Trukikaitis_Postimees, lk 138
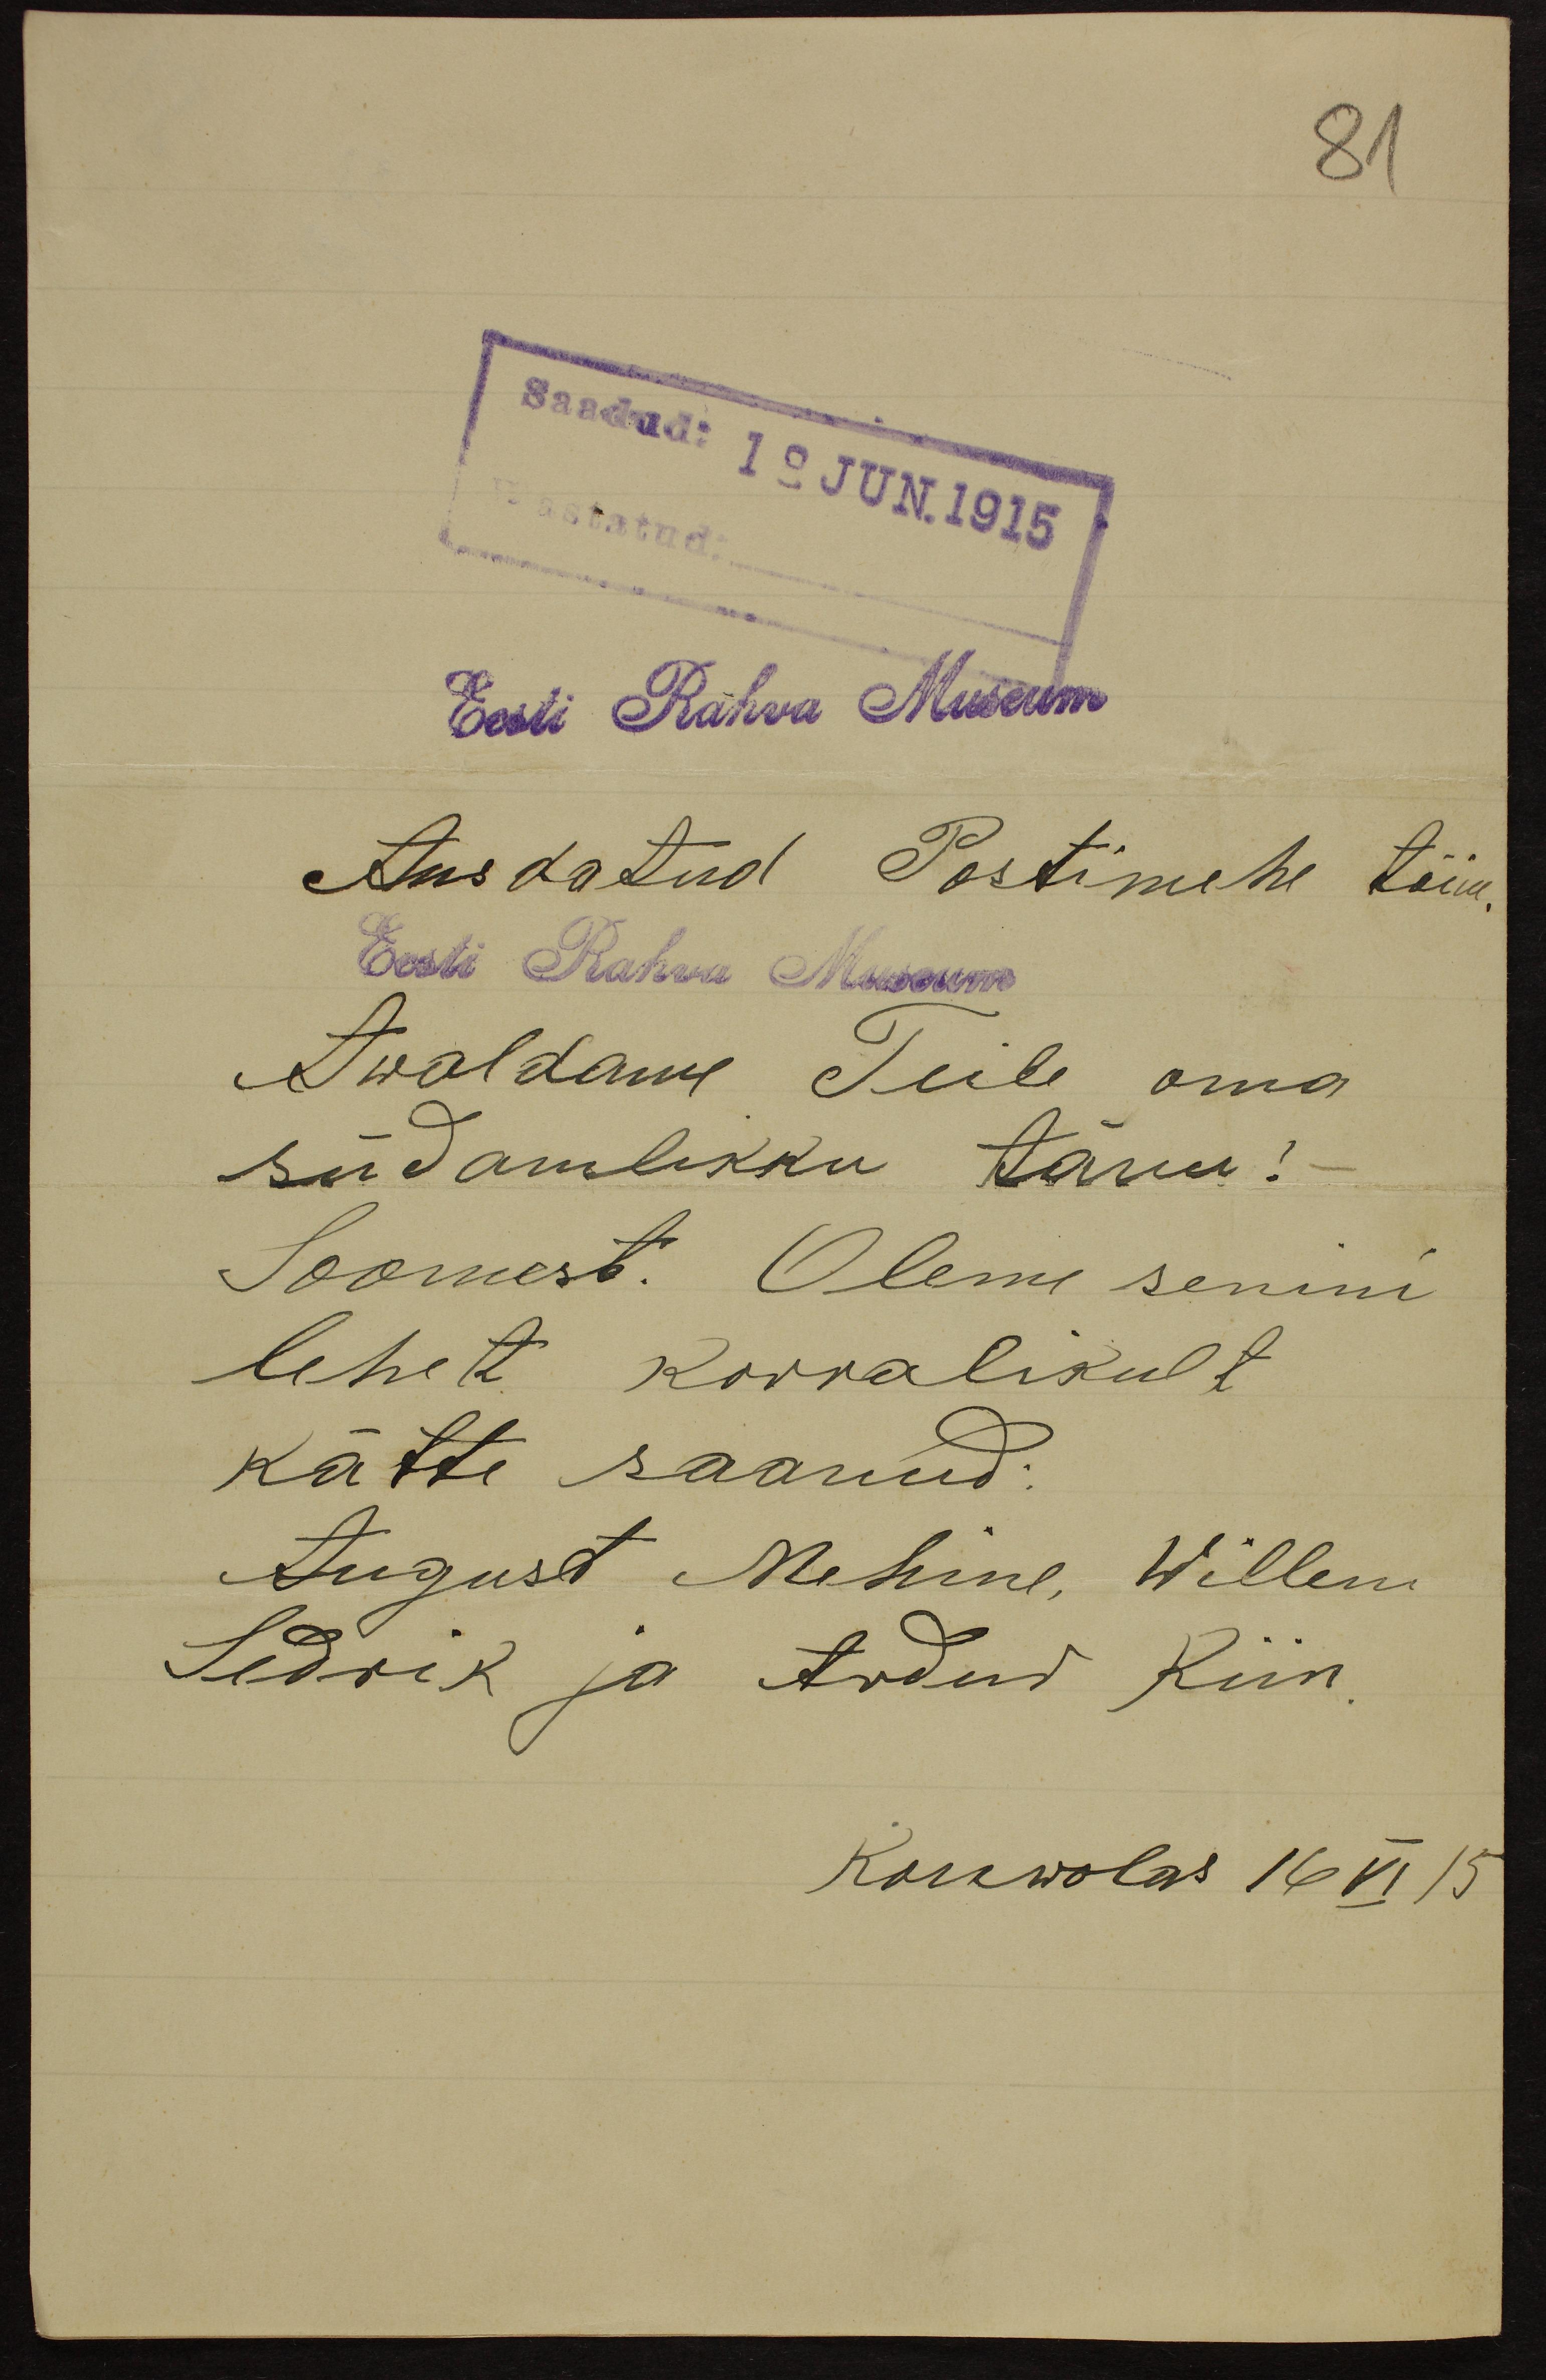
Saadud: 19 JUN.1915.
wastatud:
Eest Rahva Museum
Ausdatud Postimehe toim.
Eest Rahwa Museum
Awaldame Teile oma
südamlikku tänu!
Soomest. Oleme senini
lehet korralikult
kätte saanud;
August Mehine, Willem
Sedrik ja Andus Riin
Kouwolas 16 VI 15